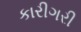
કારીગરી